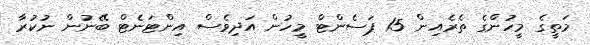
މަތީގެ މީހުންގެ ތެރެއިން 15 ޕަސެންޓް މީހުން އަދިވެސް އިންޓަނެޓް ބޭނުން ނުކުރާ